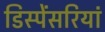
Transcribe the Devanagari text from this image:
डिस्पेंसरियां